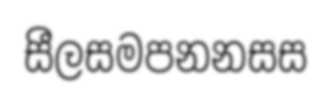
සීලසමපනනසස